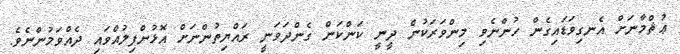
ޢުޘްމާނަށް އެނގިވަޑައިގެން ހުންނެވި މިންވަރަކުން ދީނީ ކަންކަން ގެންދަވަނީ ރައްޔިތުންނަށް އޮޅުންފިލުއްވައި ދެއްވަމުންނެވެ.